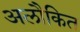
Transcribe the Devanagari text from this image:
अलौकित